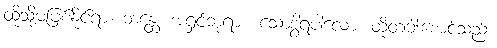
ထိုသို့မဖြစ်နိုင်ရာ။ ဘန္တေ၊ အရှင်ဘုရား။ သောဒွါရပါလော၊ ထိုတံခါးစောင့်သည်။